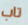
تاب